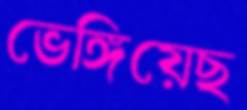
ভেঙ্গিয়েছ